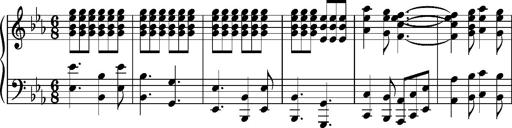
Title: KlavierstÃ¼ck in Es-Dur
Composer: Franz Liszt
Key: E-flat major